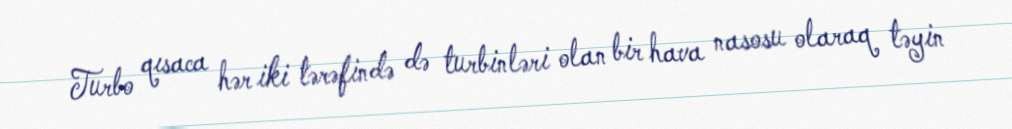
Turbo qısaca hər iki tərəfində də turbinləri olan bir hava nasosu olaraq təyin